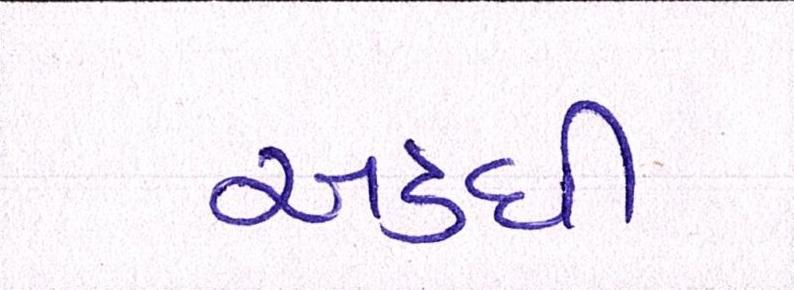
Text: અડધી